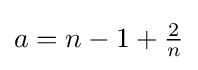
a=n-1+{\tfrac {2}{n}}